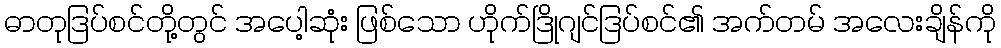
ဓာတုဒြပ်စင်တို့တွင် အပေါ့ဆုံး ဖြစ်သော ဟိုက်ဒြိုဂျင်ဒြပ်စင်၏ အက်တမ် အလေးချိန်ကို